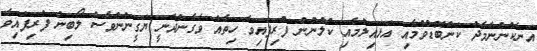
އަނެކުންނާމެދު ކަންބޮޑުވުމާއި އަޅައިލުމާއި ކުލުނުން ފުރިފައިވާ ހިތެއް ވެގެންދާނީ ޔަގީނުންވެސް ލޯބިން ފުރިފައިވާ